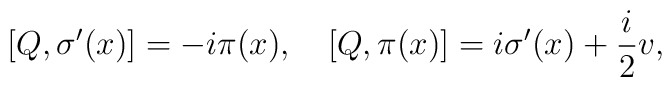
[Q, \sigma^{\prime}(x)]=-i\pi(x), \quad[Q, \pi(x)]=i\sigma^{\prime}(x)+\frac{i}{2}v ,